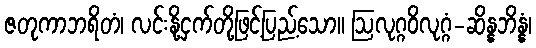
ဇတုကာဘရိတံ၊ လင်းနို့ငှက်တို့ဖြင့်ပြည့်သော။ ဩလုဂ္ဂဝိလုဂ္ဂံ-ဆိန္နဘိန္နံ၊